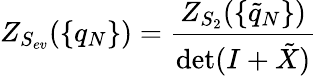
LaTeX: Z_{S_{ev}}(\{ q_{N}\} )=\frac{Z_{S_{2}}(\{ \tilde{q}_{N}\} )}{\operatorname*{det}(I+\tilde{X})}